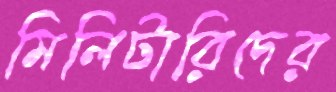
মিলিটারিদের